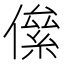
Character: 㒍